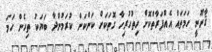
ޤާނޫނީ ހަމަތައް އެއްފަރާތްކޮށް ހިތުހުރިހާ ގޮތަކަށް ކަންކަން ކުރަމުންދާ ބަޔަކު ތިހެން ހަމަ